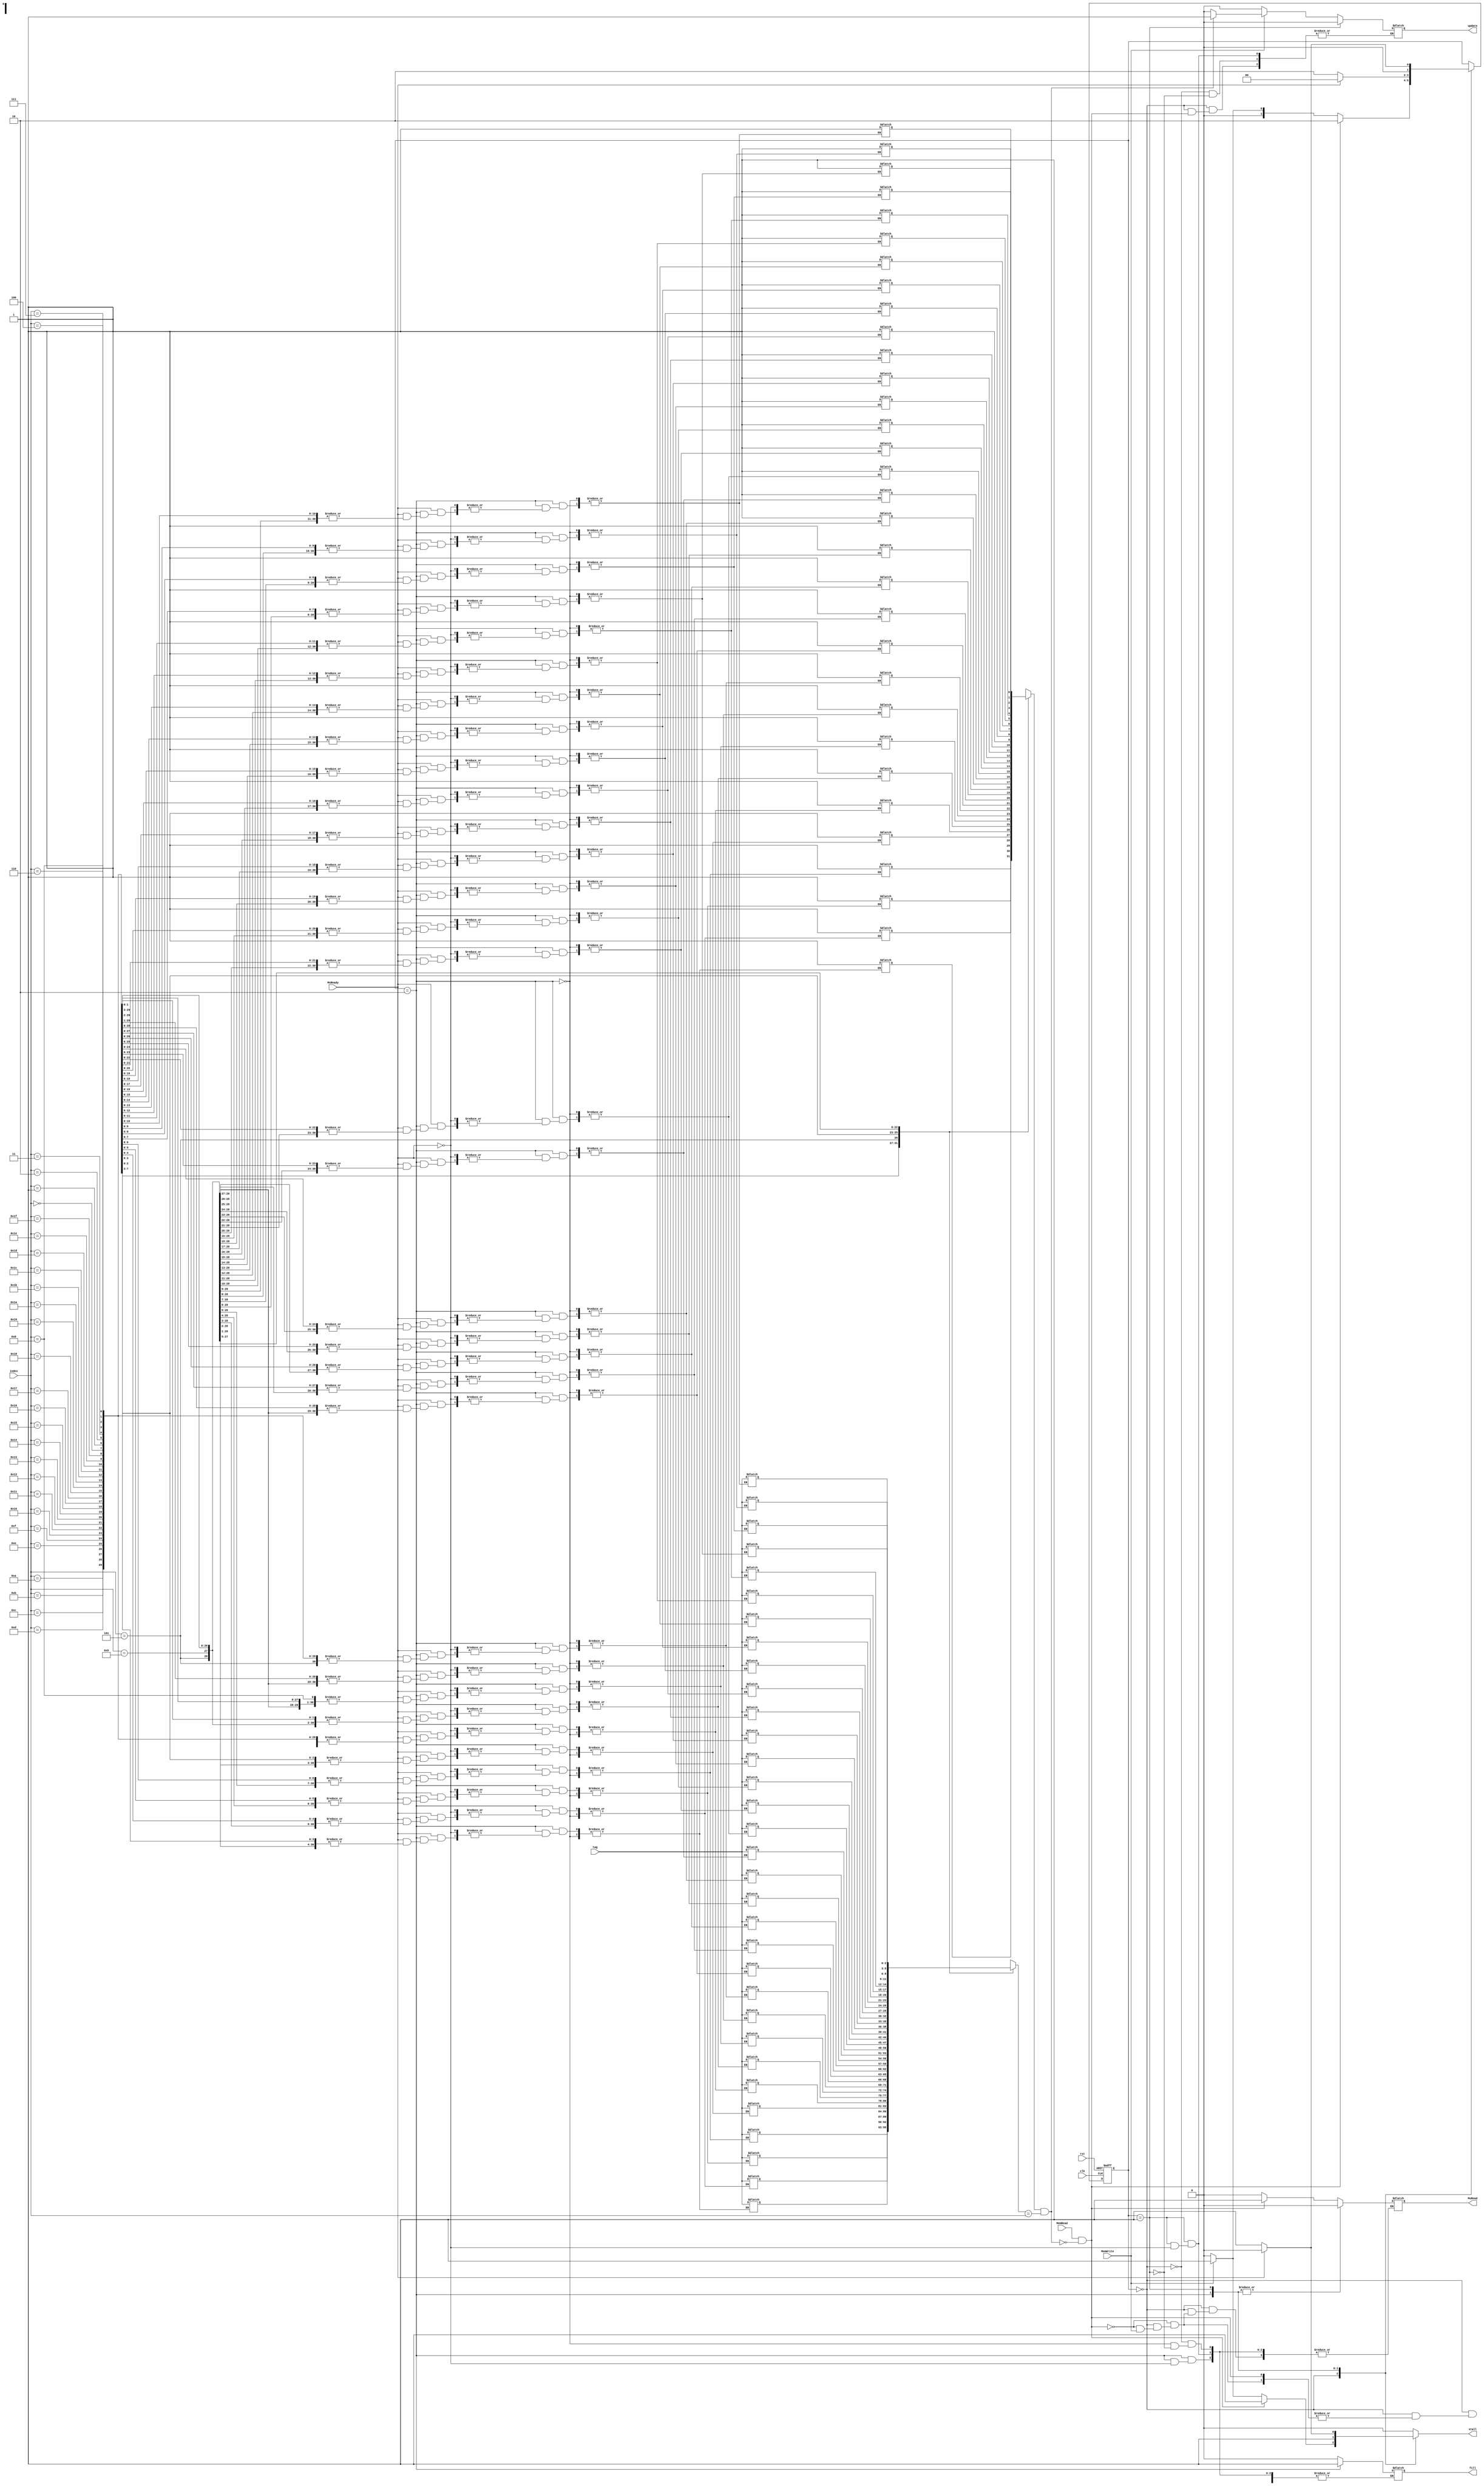
`timescale 1ns / 1ps
module DataCacheController( input rst,
input clk, input MemRead, input MemWrite,
 input [4:0] index,input [2:0] tag,
 input MsReady,output reg stall,
 output reg fill,output reg update,output  reg MsRead
    );
    
    reg [2:0] tags [0:31];
    reg valid_bits [0:31];
    
    wire hit;
    reg [1:0] current;
    reg [1:0] next;
    parameter [1:0] idle = 2'b00,read = 2'b10,write = 2'b01;
    
    integer i ;
    initial begin 
    for (i=0;i<32;i=i+1)begin
    
    valid_bits[i] = 1'b0;
    
    tags[i]=0;
    end
    end
    
    assign hit = valid_bits[index] && tags[index]==index ;
    always @(posedge clk or posedge rst)
    begin
    if (rst)
    current = idle;
    else
    current = next;
    end
    
    
    //FSM
    always @(*)
    begin
    stall=0;
    case (current)
    
    
    idle:
    if (MemRead && !hit)
    begin
    next = read;
    stall = 1;
    MsRead = 1;
    end 
    else if (MemWrite)
    begin
    next = write;
    stall =1;
   
    if (hit)
    update = 1;
    else
    update =0;
    end
    else 
    begin 
    next=idle;
    stall=0;
    fill=0;
    update=0;
     MsRead=0;
     end
     
    
    
    
    
    
    read:
    if (MsReady)
    begin
    next = idle;
    stall=1;
    MsRead=0;
    fill=1;
    //??
    valid_bits[index] =1;
    tags[index] = tag;
    end
    else 
    begin
    next = read;
    stall=1;
    end
 
 
 
    write:
    if  (MsReady)
    begin
    next = idle;
    stall=0;
     MsRead=0;
     fill=0;
     update=0;
     end
     else begin
     next=write;
     stall=1;
     end
     
 default:
 begin
 stall=0;
 next=current;
 end
 endcase    
    
    end
endmodule